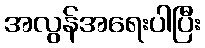
အလွန်အရေးပါပြီး